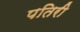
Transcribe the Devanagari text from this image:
पतिरी